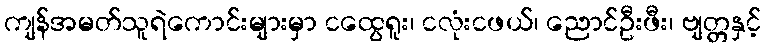
ကျန်အမတ်သူရဲကောင်းများမှာ ငထွေရူး၊ ငလုံးငဖယ်၊ ညောင်ဦးဖီး၊ ဗျတ္တနှင့်